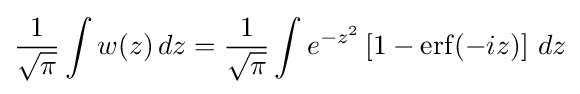
{\frac {1}{\sqrt {\pi }}}\int w(z)\,dz={\frac {1}{\sqrt {\pi }}}\int e^{-z^{2}}\left[1-\operatorname {erf} (-iz)\right]\,dz